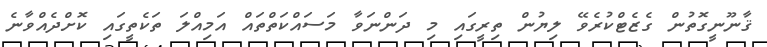
ޤާނޫނީގޮތުން ގެޒެޓްކުރެވޭ ލިޔުން ތިރީގައި މި ދަންނަވާ މަސައްކަތްތައް އަމިއްލަ ތަކެތީގައި ކޮށްދެއްވާނެ